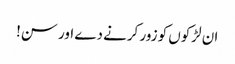
ان لڑکوں کو زور کرنے دے اور سن!